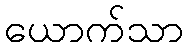
ယောက်သာ